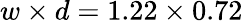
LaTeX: w\times{}d=1.22\times{}0.72